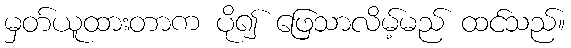
မှတ်ယူထားတာက ပို၍ ဖြေသာလိမ့်မည် ထင်သည်။